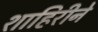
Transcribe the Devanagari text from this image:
शाहिरीने